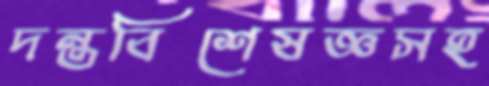
দন্তবিশেষজ্ঞসহ